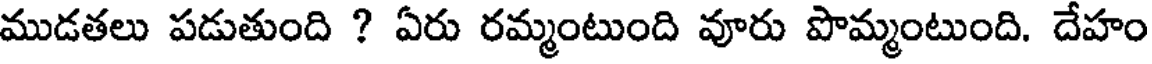
ముడతలు పడుతుంది ? ఏరు రమ్మంటుంది వూరు పొమ్మంటుంది. దేహం